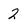
Character: 2